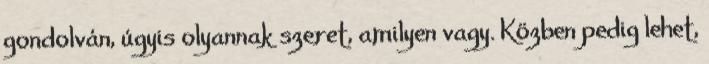
gondolván, úgyis olyannak szeret, amilyen vagy. Közben pedig lehet,